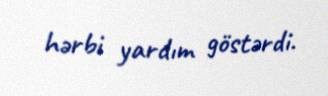
hərbi yardım göstərdi.